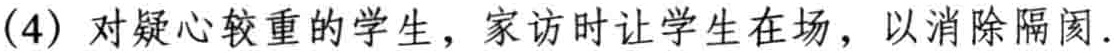
(4) 对疑心较重的学生，家访时让学生在场，以消除隔阂.